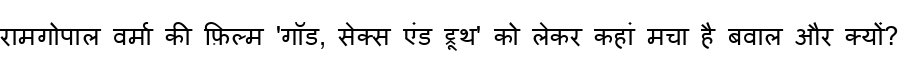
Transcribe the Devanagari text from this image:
रामगोपाल वर्मा की फ़िल्म 'गॉड, सेक्स एंड ट्रूथ' को लेकर कहां मचा है बवाल और क्यों?